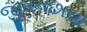
જીવનછાયા